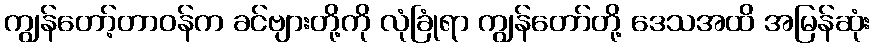
ကျွန်တော့်တာဝန်က ခင်ဗျားတို့ကို လုံခြုံရာ ကျွန်တော်တို့ ဒေသအထိ အမြန်ဆုံး